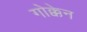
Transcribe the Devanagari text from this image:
गोक्केन